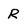
Character: R